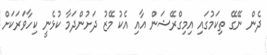
ދެން ނޭގޭ ތިކަމުގައި އިމިގްރޭޝަން އާއި އެކު މޭޒު ދަށުންދަމާ ކުޅެނީ ކިހާވަރަކަށް